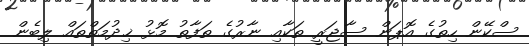
ސްކޭން ހިތުގެ އޮޕަން ސާޖަރީ ތަކާއި ނާރުގެ ތަފާތު މޮޅު ޚިދުމަތްތައް ލިބެން